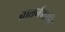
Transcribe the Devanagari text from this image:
प्रातर्नमामि